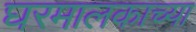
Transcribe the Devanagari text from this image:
घरमालकाच्या